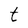
Character: t